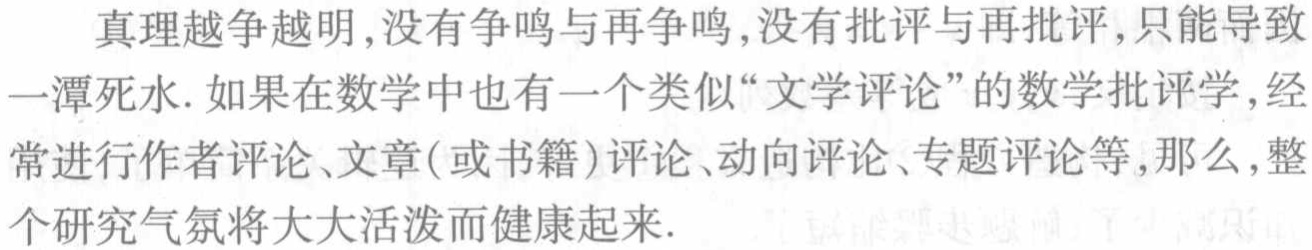
真理越争越明,没有争鸣与再争鸣,没有批评与再批评,只能导致一潭死水.如果在数学中也有一个类似“文学评论”的数学批评学,经常进行作者评论、文章(或书籍)评论、动向评论、专题评论等,那么,整个研究气氛将大大活泼而健康起来.